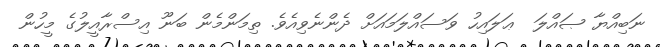
ނަބިއްޔާ ޞައްލަ  ޢަލައިހު ވަސައްލަމައަށް ދެންނެވިއެވެ. ތިމަންމެން ބަނޫ އިސްރާއީލުގެ މީހުން